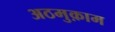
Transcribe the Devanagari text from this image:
अठमुक़ाम